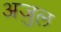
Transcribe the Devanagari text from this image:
अजु़ल